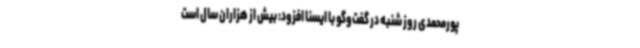
پورمحمدی روز شنبه در گفت‌وگو با ایسنا افزود: بیش از هزاران سال است